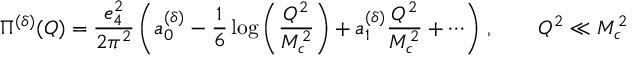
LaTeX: \Pi ^ { ( \delta ) } ( Q ) = \frac { e _ { 4 } ^ { 2 } } { 2 \pi ^ { 2 } } \left( a _ { 0 } ^ { ( \delta ) } - \frac { 1 } { 6 } \log \left( \frac { Q ^ { 2 } } { M _ { c } ^ { 2 } } \right) + a _ { 1 } ^ { ( \delta ) } \frac { Q ^ { 2 } } { M _ { c } ^ { 2 } } + \cdots \right) \, , \qquad Q ^ { 2 } \ll M _ { c } ^ { 2 }